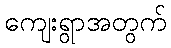
ကျေးရွာအတွက်